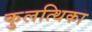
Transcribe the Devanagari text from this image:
कुलत्थिका